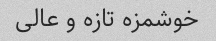
خوشمزه تازه و عالی